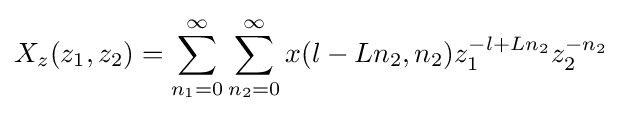
X_{z}(z_{1},z_{2})=\sum _{n_{1}=0}^{\infty }\sum _{n_{2}=0}^{\infty }x(l-Ln_{2},n_{2})z_{1}^{-l+Ln_{2}}z_{2}^{-n_{2}}